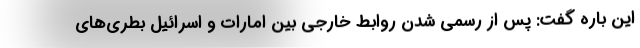
این باره گفت: پس از رسمی شدن روابط خارجی بین امارات و اسرائیل بطری‌های